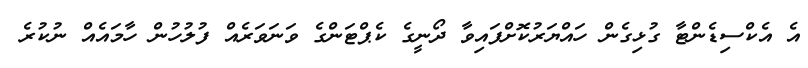
އެ އެކްސިޑެންޓާ ގުޅިގެން ހައްޔަރުކޮށްފައިވާ ދޯނީގެ ކެޕްޓަންގެ ވަނަވަރެއް ފުލުހުން ހާމައެއް ނުކުރެ